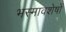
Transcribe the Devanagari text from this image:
भस्मावशेषों